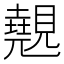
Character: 𭐆